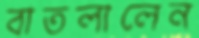
বাতলালেন